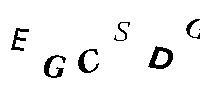
EGCSDG